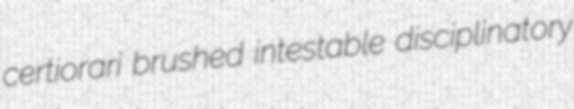
certiorari brushed intestable disciplinatory